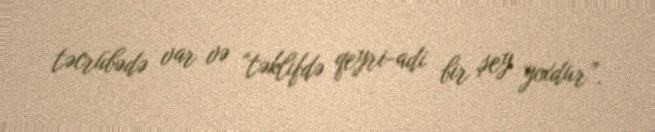
təcrübədə var və “təklifdə qeyri-adi bir şey yoxdur”.